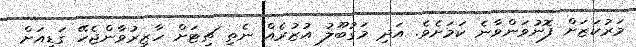
މަރުކަޒަށް ފޮނުވަންވާނެ ކަމަށެވެ. އަދި މަގުބޫލު އުޒުރެއް ނެތި ޗިޓަށް ހާޒިރުވާންޖެހޭ ގަޑިއަށް